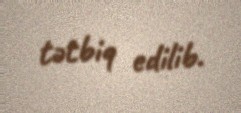
tətbiq edilib.